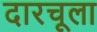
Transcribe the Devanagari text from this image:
दारचूला